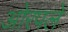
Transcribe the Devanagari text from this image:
ओरपले